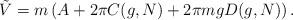
LaTeX: \begin{align*}{\tilde{V}}=m\left( A+2\pi C(g,N)+2\pi mgD(g,N)\right) .\end{align*}